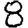
Digit: 8